Medical and sanitary report of the native army of Bengal for the year
Year: 1878
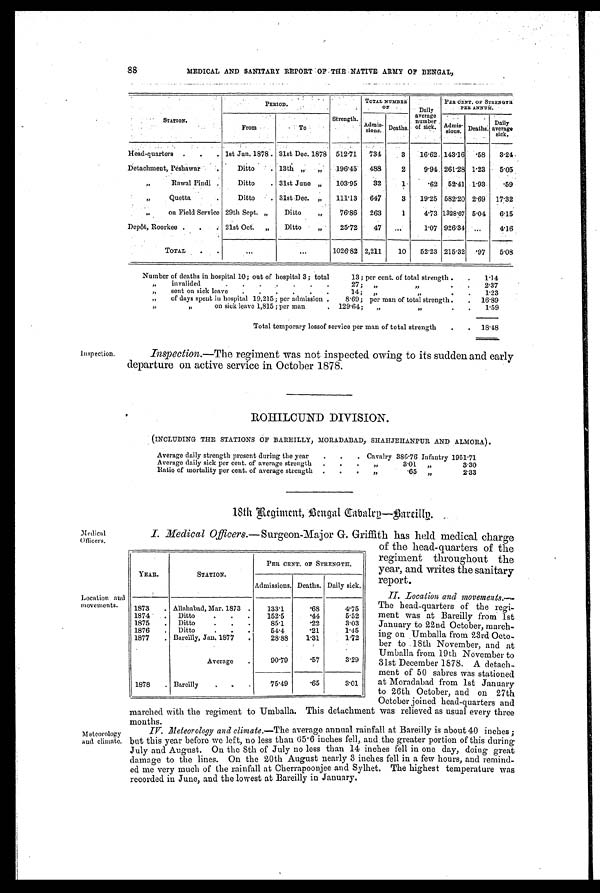
88
MEDICAL AND SANITARY REPORT OF THE NATIVE ARMY OF BENGAL,
STATION.
PERIOD.
Strength.
TOTAL NUMBER
OF
Daily
average number
of sick.
PER CENT. OF STRENGTH
PER ANNUM.
From
To
Admis-
sions. Deaths.
Admis- sions. Deaths.
Daily
average sick.
Head-quarters . . . 1st Jan. 1878 . 31st Dec. 1878 512.71 734
3 16.62 143.16
. 5 8 3.24
Detachment, Peshawar
Ditto . 13th „
196.45 488
2
9.94 261.28
1 . 2 3 5.05
,,
Rawal Pindi .
Ditto . 31st June
103.95 32
1
.62 52.41 1.93
.59
„
Quetta
Ditto . 31st Dec.
111.13 647
3 19.25 582.20 2.69
1 7 . 3 2
„
on Field Service 29th Sept. „
Ditto
„
76.86 263
1
4.73 1328.07 5.04 6.15
Depôt, Roorkee .
21st Oct. „ Ditto ,,
25.72 47 ...
1.07 926.34 ...
4.16
TOTAL .
. . .
. . .
1026.82 2,211
10 52.23 215.32 .97 5.08
Number of deaths in hospital 10; out of hospital 3; total
13; per cent, of total strength . . 1.14
„ invalided
27; „
, , . 2.37
,, sent on sick leave . . . . . .
14; „
, , . 1.23
„ of days spent in hospital 19,215; per admission .
8.69; per man of total strength. . 1 6 . 8 9
,,
on sick leave 1,815 ; per man
. 129.64; „
, ,
. 1.59
Total temporary lossof service per man of total strength
. . 18.48
Inspection.
Inspection. —The regiment was not inspected owing to its sudden and early
departure on active service in October 1878.
ROHILCUND DIVISION.
(INCLUDING THE STATIONS OF BAREILLY, MORADABAD, SHAHJEHANPUR AND ALMORA).
Average daily strength present during the year. .
. Cavalry 386.76 Infantry 1951.71
Average daily sick per cent. of average strength . . . ,,
3.01
3.30
Ratio of mortality per cent. of average strength . .
. ,,
.65 ,,
2.33
18th Regiment, Bengal—Cabalry—Bareilly
Medical
Officers.
Location and
movements.
Meteorology
and climate.
I. Medical Officers. —Surgeon-Major G. Griffith has held medical charge
of the head-quarters of the
regiment throughout the
year, and writes the sanitary
report.
II. Location and movements.—
The head-quarters of the regi-
ment was at Bareilly from 1st
January to 22nd October, march-
ing on Umballa from. 23rd Octo-
ber to .18th November, and at
Umballa, from 19th November to
31st December 1878. A detach-
meat of 50 sabres was stationed
at Moradabad from 1st January
to 26th October, and on 27th
October joined head-quarters and
marched with the regiment to Umballa. This detachment was relieved as usual every three m o n t h s .
IV. Meteorology and climate. —The average annual rainfall at Bareilly is about 40 inches ;
but this year before we left, no less than 65.6 inches fell, and the greater portion of this during
July and August. On the 8th of July no less than 14 inches fell in one day, doing great
damage to the lines. On the 20th August nearly 3 inches fell in a few hours, and remind-
ed me very much of the rainfall at Cherrapoonjee and Sylhet. The highest temperature was
recorded in June, and the lowest at Bareilly in January.
YEAR.
STATION.
PER CENT, OF STRENGTH
Admissions. Deaths. Daily sick.
1873 . Allahabad, Mar. 1873 .
133.1
.68
4.75
1874
Ditto
. . .
152.5
.44
5.52
1875 . Ditto
. .
.
85.1
.22
3.03
1876 . Ditto
. .
54.4
.21
1.45
1877 . Bareilly, Jan. 1877
.
28.88
1.31
1.72
Average .
90.79
.57
3.29
1878 . Barcilly
. . . .
75.49
.65
3.01